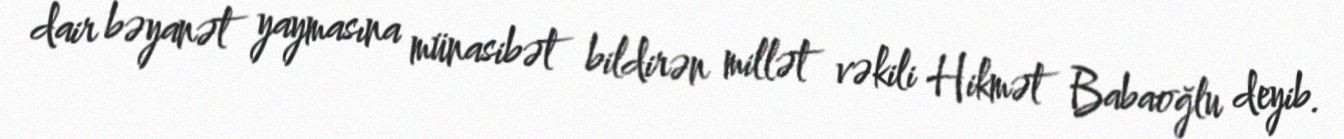
dair bəyanət yaymasına münasibət bildirən millət vəkili Hikmət Babaoğlu deyib.